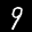
Label: 9